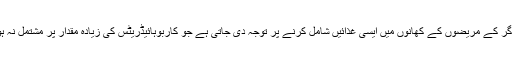
شوگر کے مریضوں کے کھانوں میں ایسی غذائیں شامل کرنے پر توجہ دی جاتی ہے جو کاربوہائیڈریٹس کی زیادہ مقدار پر مشتمل نہ ہوں۔